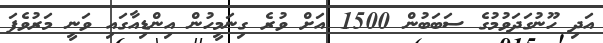
އަދި ހޫނުގަދަވުމުގެ ސަބަބުން 1500 އަށް ވުރެ ގިނަމީހުން އިންޑިއާގައި ވަނީ މަރުވެފަ